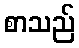
စာသည်